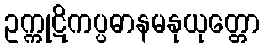
ဥက္ကုဋိကပ္ပဓာနမနုယုတ္တော